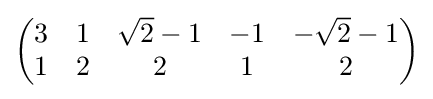
{\begin{pmatrix}3&1&{\sqrt {2}}-1&-1&-{\sqrt {2}}-1\\1&2&2&1&2\end{pmatrix}}